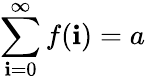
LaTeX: \sum_{\mathbf{i}=0}^{\infty}f(\mathbf{i})=a